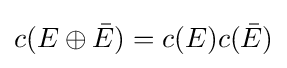
c(E\oplus {\bar {E}})=c(E)c({\bar {E}})